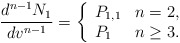
\begin{align*} \frac{d^{n-1}N_1}{dv^{n-1}}=\left\{ \begin{array}{ll} P_{1,1} & n=2,\\ P_1 & n\geq 3. \end{array}\right.\end{align*}